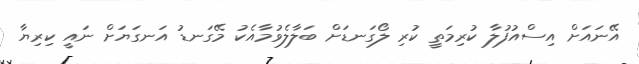
އޭނައަށް އިސްއުފުލާ ކުރިމަތީ ކުރި ލޯގަނޑަށް ބަލާލެވުމާއެކު މޭގަނޑު އަނގަޔަށް ނައީ ކިރިޔާ